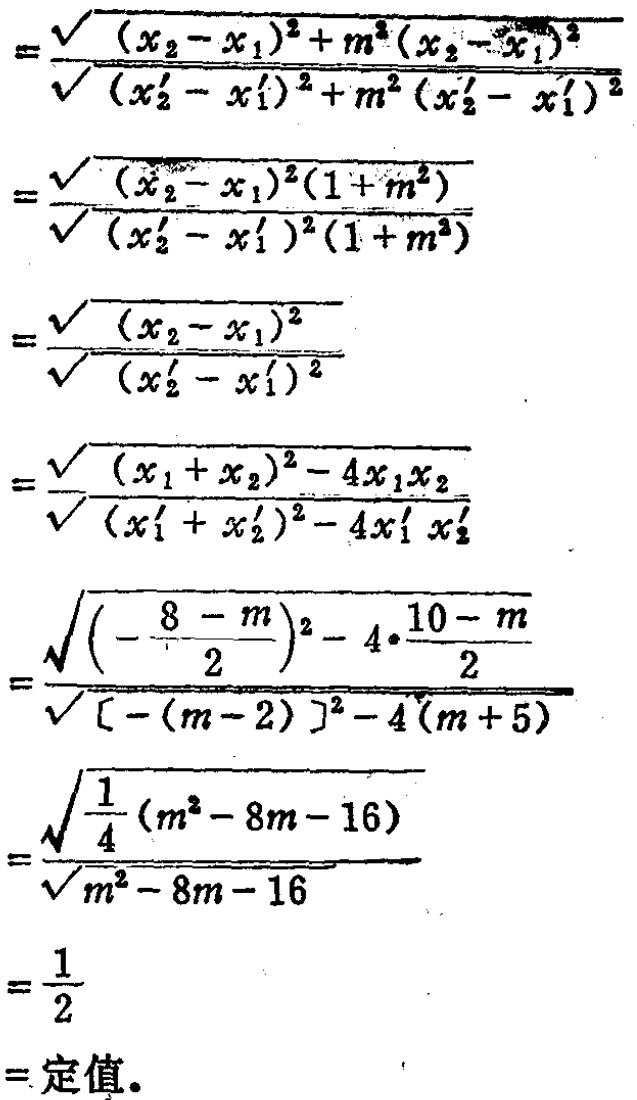
\[
\begin{align*}
&=\frac{\sqrt{(x_2 - x_1)^2 + m^2(x_2 - x_1)^2}}{\sqrt{(x_2' - x_1')^2 + m^2(x_2' - x_1')^2}}\\
&=\frac{\sqrt{(x_2 - x_1)^2(1 + m^2)}}{\sqrt{(x_2' - x_1')^2(1 + m^2)}}\\
&=\frac{\sqrt{(x_2 - x_1)^2}}{\sqrt{(x_2' - x_1')^2}}\\
&=\frac{\sqrt{(x_1 + x_2)^2 - 4x_1x_2}}{\sqrt{(x_1' + x_2')^2 - 4x_1'x_2'}}\\
&=\frac{\sqrt{\left(-\frac{8 - m}{2}\right)^2 - 4\cdot\frac{10 - m}{2}}}{\sqrt{[-(m - 2)]^2 - 4(m + 5)}}\\
&=\frac{\sqrt{\frac{1}{4}(m^2 - 8m - 16)}}{\sqrt{m^2 - 8m - 16}}\\
&=\frac{1}{2}\\
&=\text{定值}
\end{align*}
\]